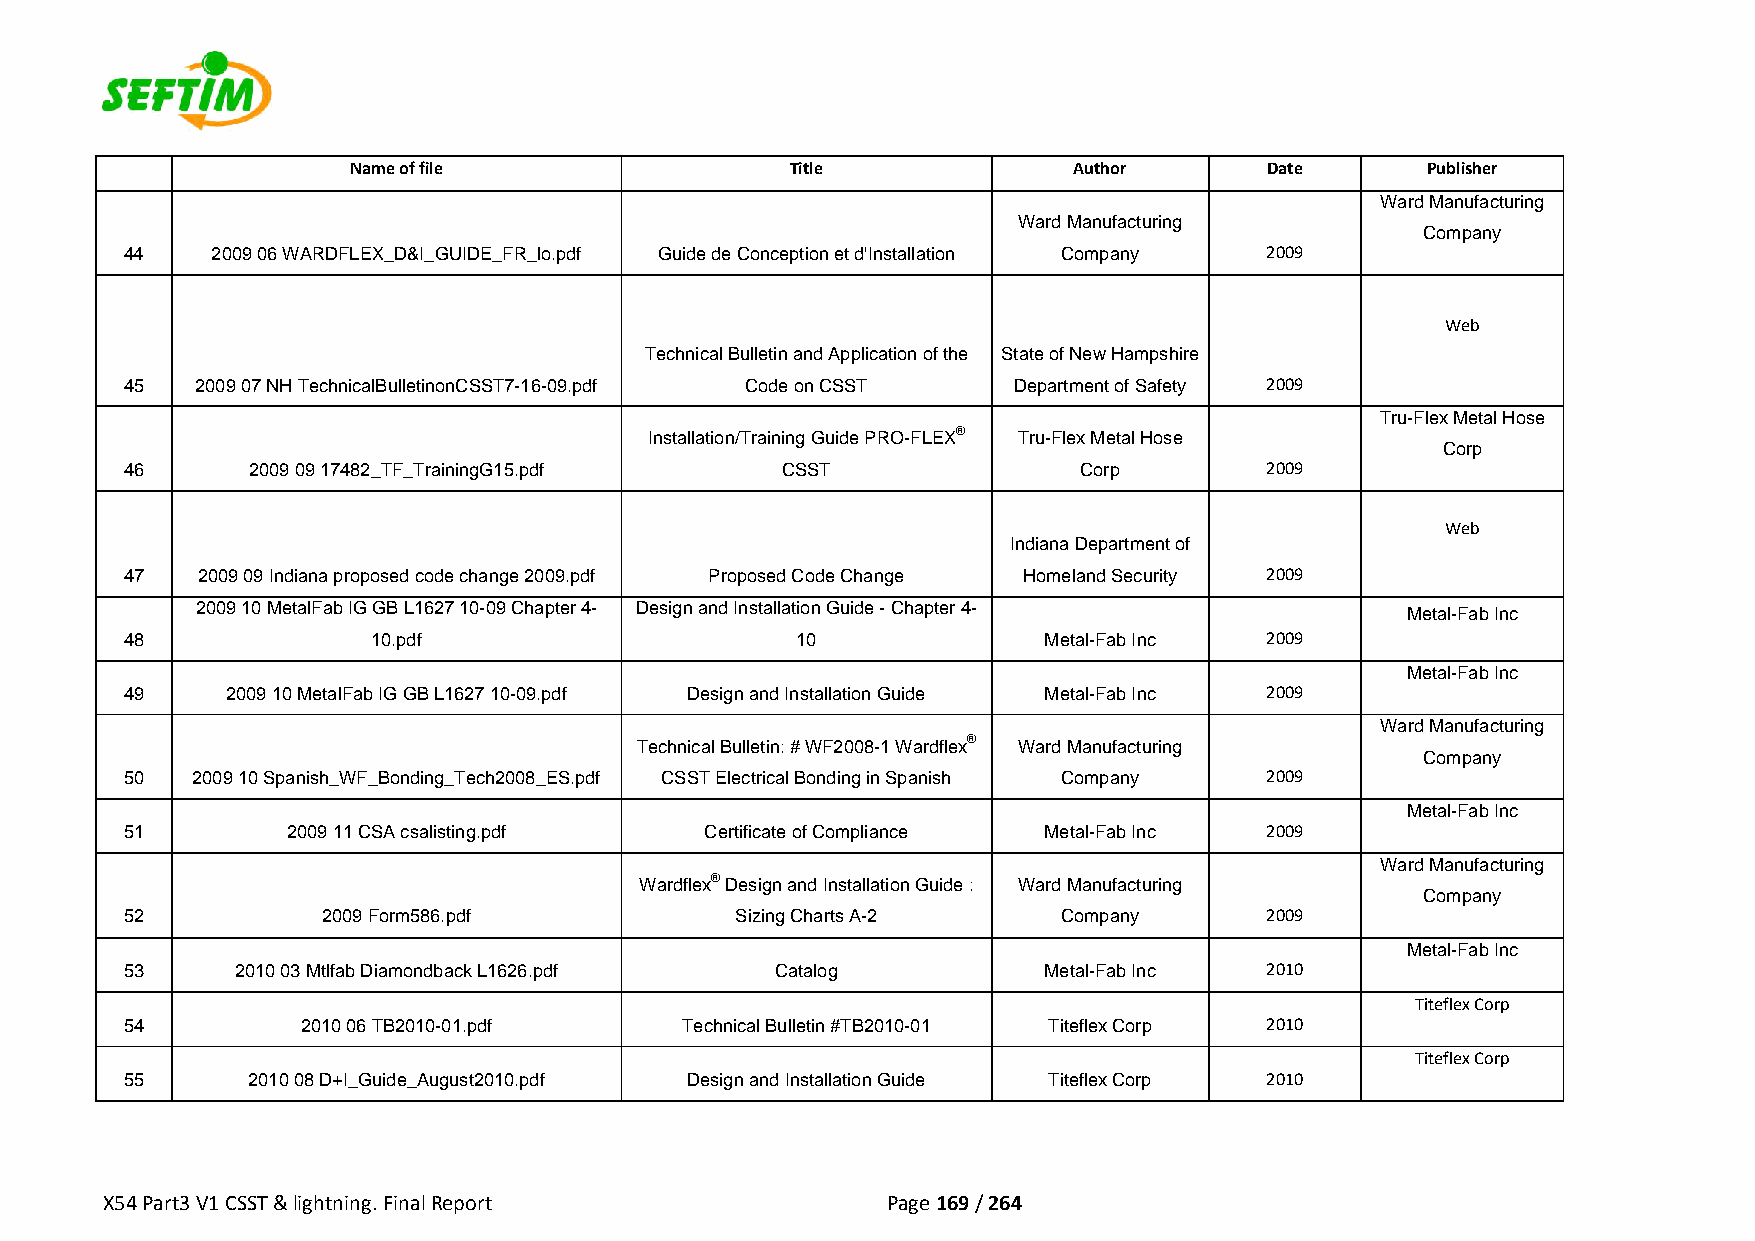
Name of file                 Title              Author       Date      Publisher
 Ward Manufacturing
 Ward Manufacturing
 Company
 44    2009 06 WARDFLEX_D&I_GUIDE_FR_lo.pdf Guide de Conception et d'Installation Company 2009
 Web
 Technical Bulletin and Application of the State of New Hampshire
 45   2009 07 NH TechnicalBulletinonCSST7-16-09.pdf Code on CSST Department of Safety 2009
 Tru-Flex Metal Hose
 Installation/Training Guide PRO-FLEX® Tru-Flex Metal Hose
 Corp
 46      2009 09 17482_TF_TrainingG15.pdf    CSST               Corp         2009
 Web
 Indiana Department of
 47   2009 09 Indiana proposed code change 2009.pdf Proposed Code Change Homeland Security 2009
 2009 10 MetalFab IG GB L1627 10-09 Chapter 4- Design and Installation Guide - Chapter 4- Metal-Fab Inc
 48               10.pdf                      10              Metal-Fab Inc  2009
 Metal-Fab Inc
 49     2009 10 MetalFab IG GB L1627 10-09.pdf Design and Installation Guide Metal-Fab Inc 2009
 Ward Manufacturing
 Technical Bulletin: # WF2008-1 Wardflex® Ward Manufacturing
 Company
 50   2009 10 Spanish_WF_Bonding_Tech2008_ES.pdf CSST Electrical Bonding in Spanish Company 2009
 Metal-Fab Inc
 51         2009 11 CSA csalisting.pdf  Certificate of Compliance Metal-Fab Inc 2009
 Ward Manufacturing
 Wardflex® Design and Installation Guide : Ward Manufacturing
 Company
 52           2009 Form586.pdf            Sizing Charts A-2    Company       2009
 Metal-Fab Inc
 53      2010 03 Mtlfab Diamondback L1626.pdf Catalog         Metal-Fab Inc  2010
 Titeflex Corp
 54          2010 06 TB2010-01.pdf    Technical Bulletin #TB2010-01 Titeflex Corp 2010
 Titeflex Corp
 55      2010 08 D+I_Guide_August2010.pdf Design and Installation Guide Titeflex Corp 2010
 X54 Part3 V1 CSST & lightning. Final Report         Page 169 / 264